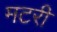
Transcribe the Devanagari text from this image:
मटरी